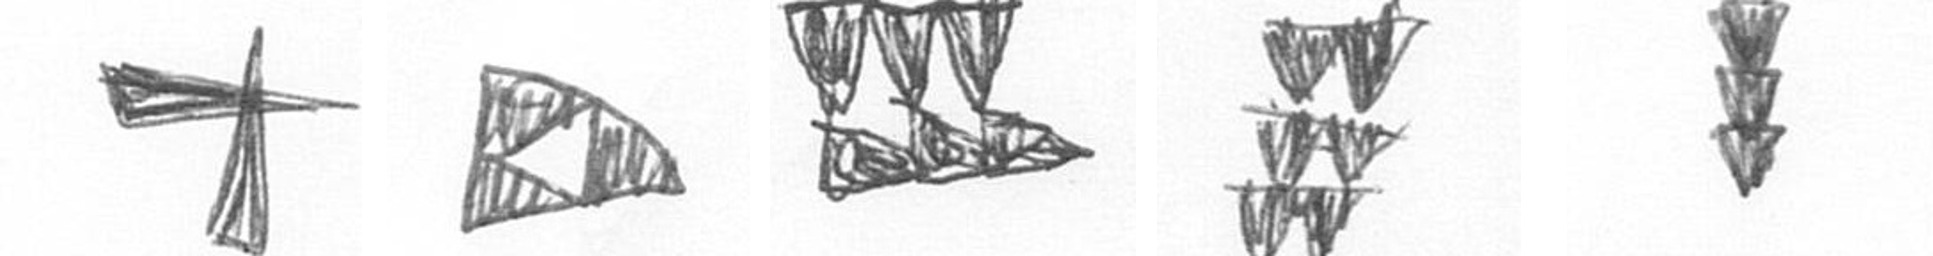
G K D Y E